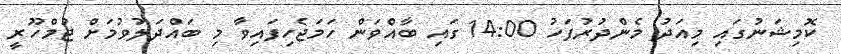
ކޮމިޝަނުގައި މިއަދު މެންދުރުފަހު 14:00 ގައި ބާއްވަން ހަމަޖެހިފައިވާ މި ބައްދަލުވުމަށް ޖުމްހޫރީ